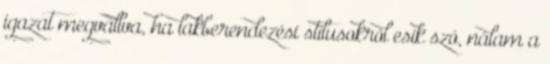
igazat megvallva, ha lakberendezési stílusokról esik szó, nálam a